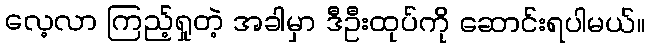
လေ့လာ ကြည့်ရှုတဲ့ အခါမှာ ဒီဦးထုပ်ကို ဆောင်းရပါမယ်။